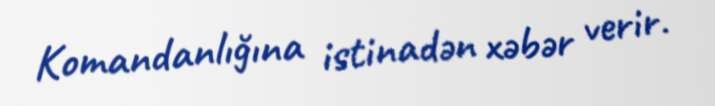
Komandanlığına istinadən xəbər verir.